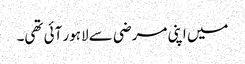
میں اپنی مرضی سے لاہور آئی تھی۔